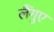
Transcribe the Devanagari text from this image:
लैंगुए